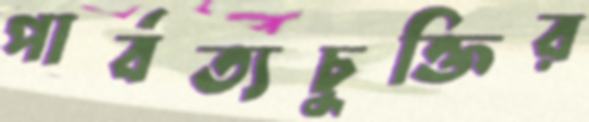
পার্বত্যচুক্তির